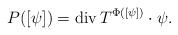
LaTeX: \begin{align*}P([\psi])=\mathrm{div}\,T^{\Phi([\psi])}\cdot\psi.\end{align*}